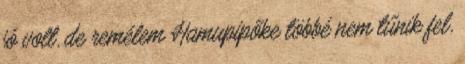
jó volt, de remélem Hamupipőke többé nem tűnik fel,